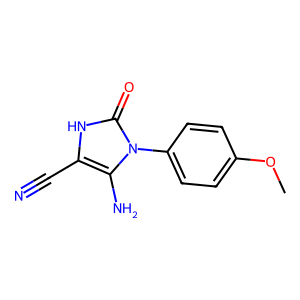
SMILES: COc1ccc(-n2c(N)c(C#N)[nH]c2=O)cc1
Inhibits HIV replication: No